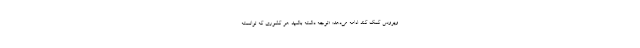
ویروس کمک کند ادامه می‌دهد: «توجه داشته باشید هر کشوری که توانسته